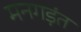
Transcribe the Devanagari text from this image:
मनगड़ंत